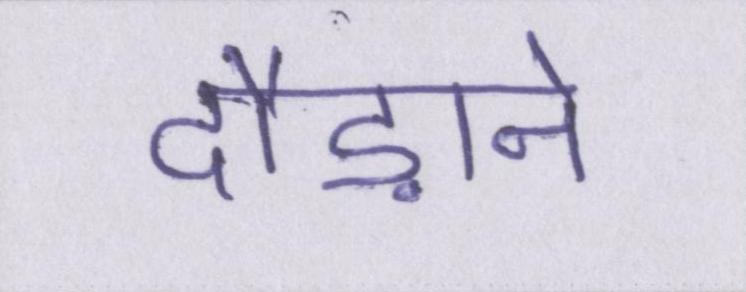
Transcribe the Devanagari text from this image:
दौड़ाने